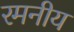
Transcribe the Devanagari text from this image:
रमनीय